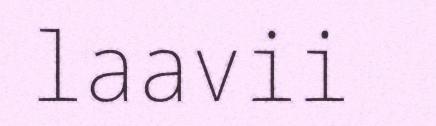
laavii